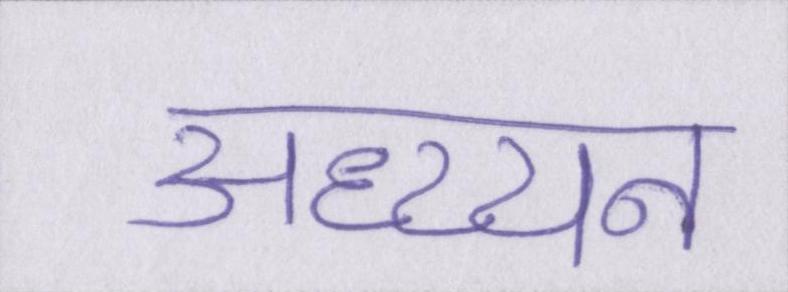
अध्य्यन